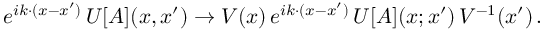
e ^ { i k \cdot ( x - x ^ { \prime } ) } \, U [ A ] ( x , x ^ { \prime } ) \to V ( x ) \, e ^ { i k \cdot ( x - x ^ { \prime } ) } \, U [ A ] ( x ; x ^ { \prime } ) \, V ^ { - 1 } ( x ^ { \prime } ) \, .